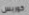
كوربس